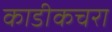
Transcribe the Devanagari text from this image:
काडीकचरा